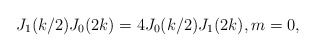
\begin{align*}J_1(k/2)J_0(2k) = 4 J_0(k/2)J_1(2k), m = 0,\end{align*}